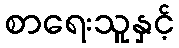
စာရေးသူနှင့်